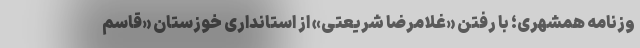
وزنامه همشهری؛ با رفتن «غلامرضا شریعتی» از استانداری خوزستان «قاسم